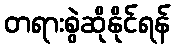
တရားစွဲဆိုနိုင်ရန်